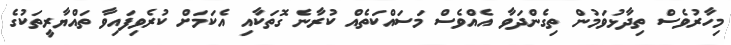
މިހާރުވެސް ތިދާޅުވަމުން ތިގެންދަވާ އެއްވެސް މަސައްކަތެއް ކުރާނެ ގޮތަކާއި އެކަމަށް ކުރެވިފައިވާ ތައްޔާރީތަކުގެ